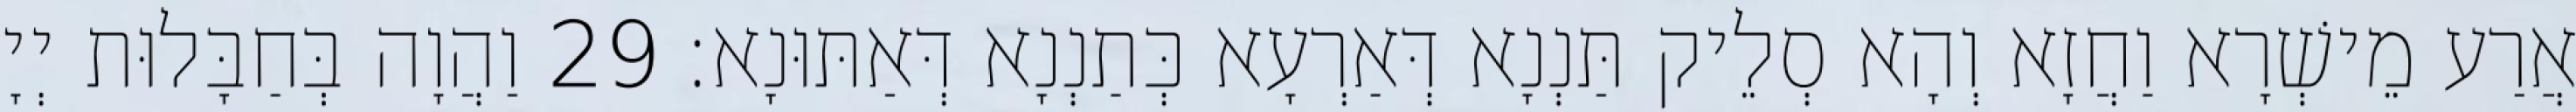
אֲרַע מֵישְׁרָא וַחֲזָא וְהָא סְלֵיק תַּנְנָא דְּאַרְעָא כְּתַנְנָא דְּאַתּוּנָא׃ 29 וַהֲוָה בְּחַבָּלוּת יְיָ